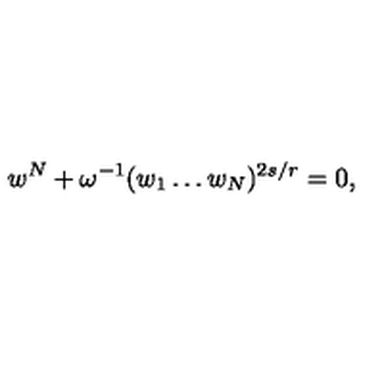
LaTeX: w ^ { N } + \omega ^ { - 1 } ( w _ { 1 } \ldots w _ { N } ) ^ { 2 s / r } = 0 ,